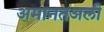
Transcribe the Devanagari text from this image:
अमानतअली